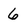
Character: 6